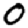
Digit: 0